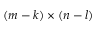
( m - k ) \times ( n - l )